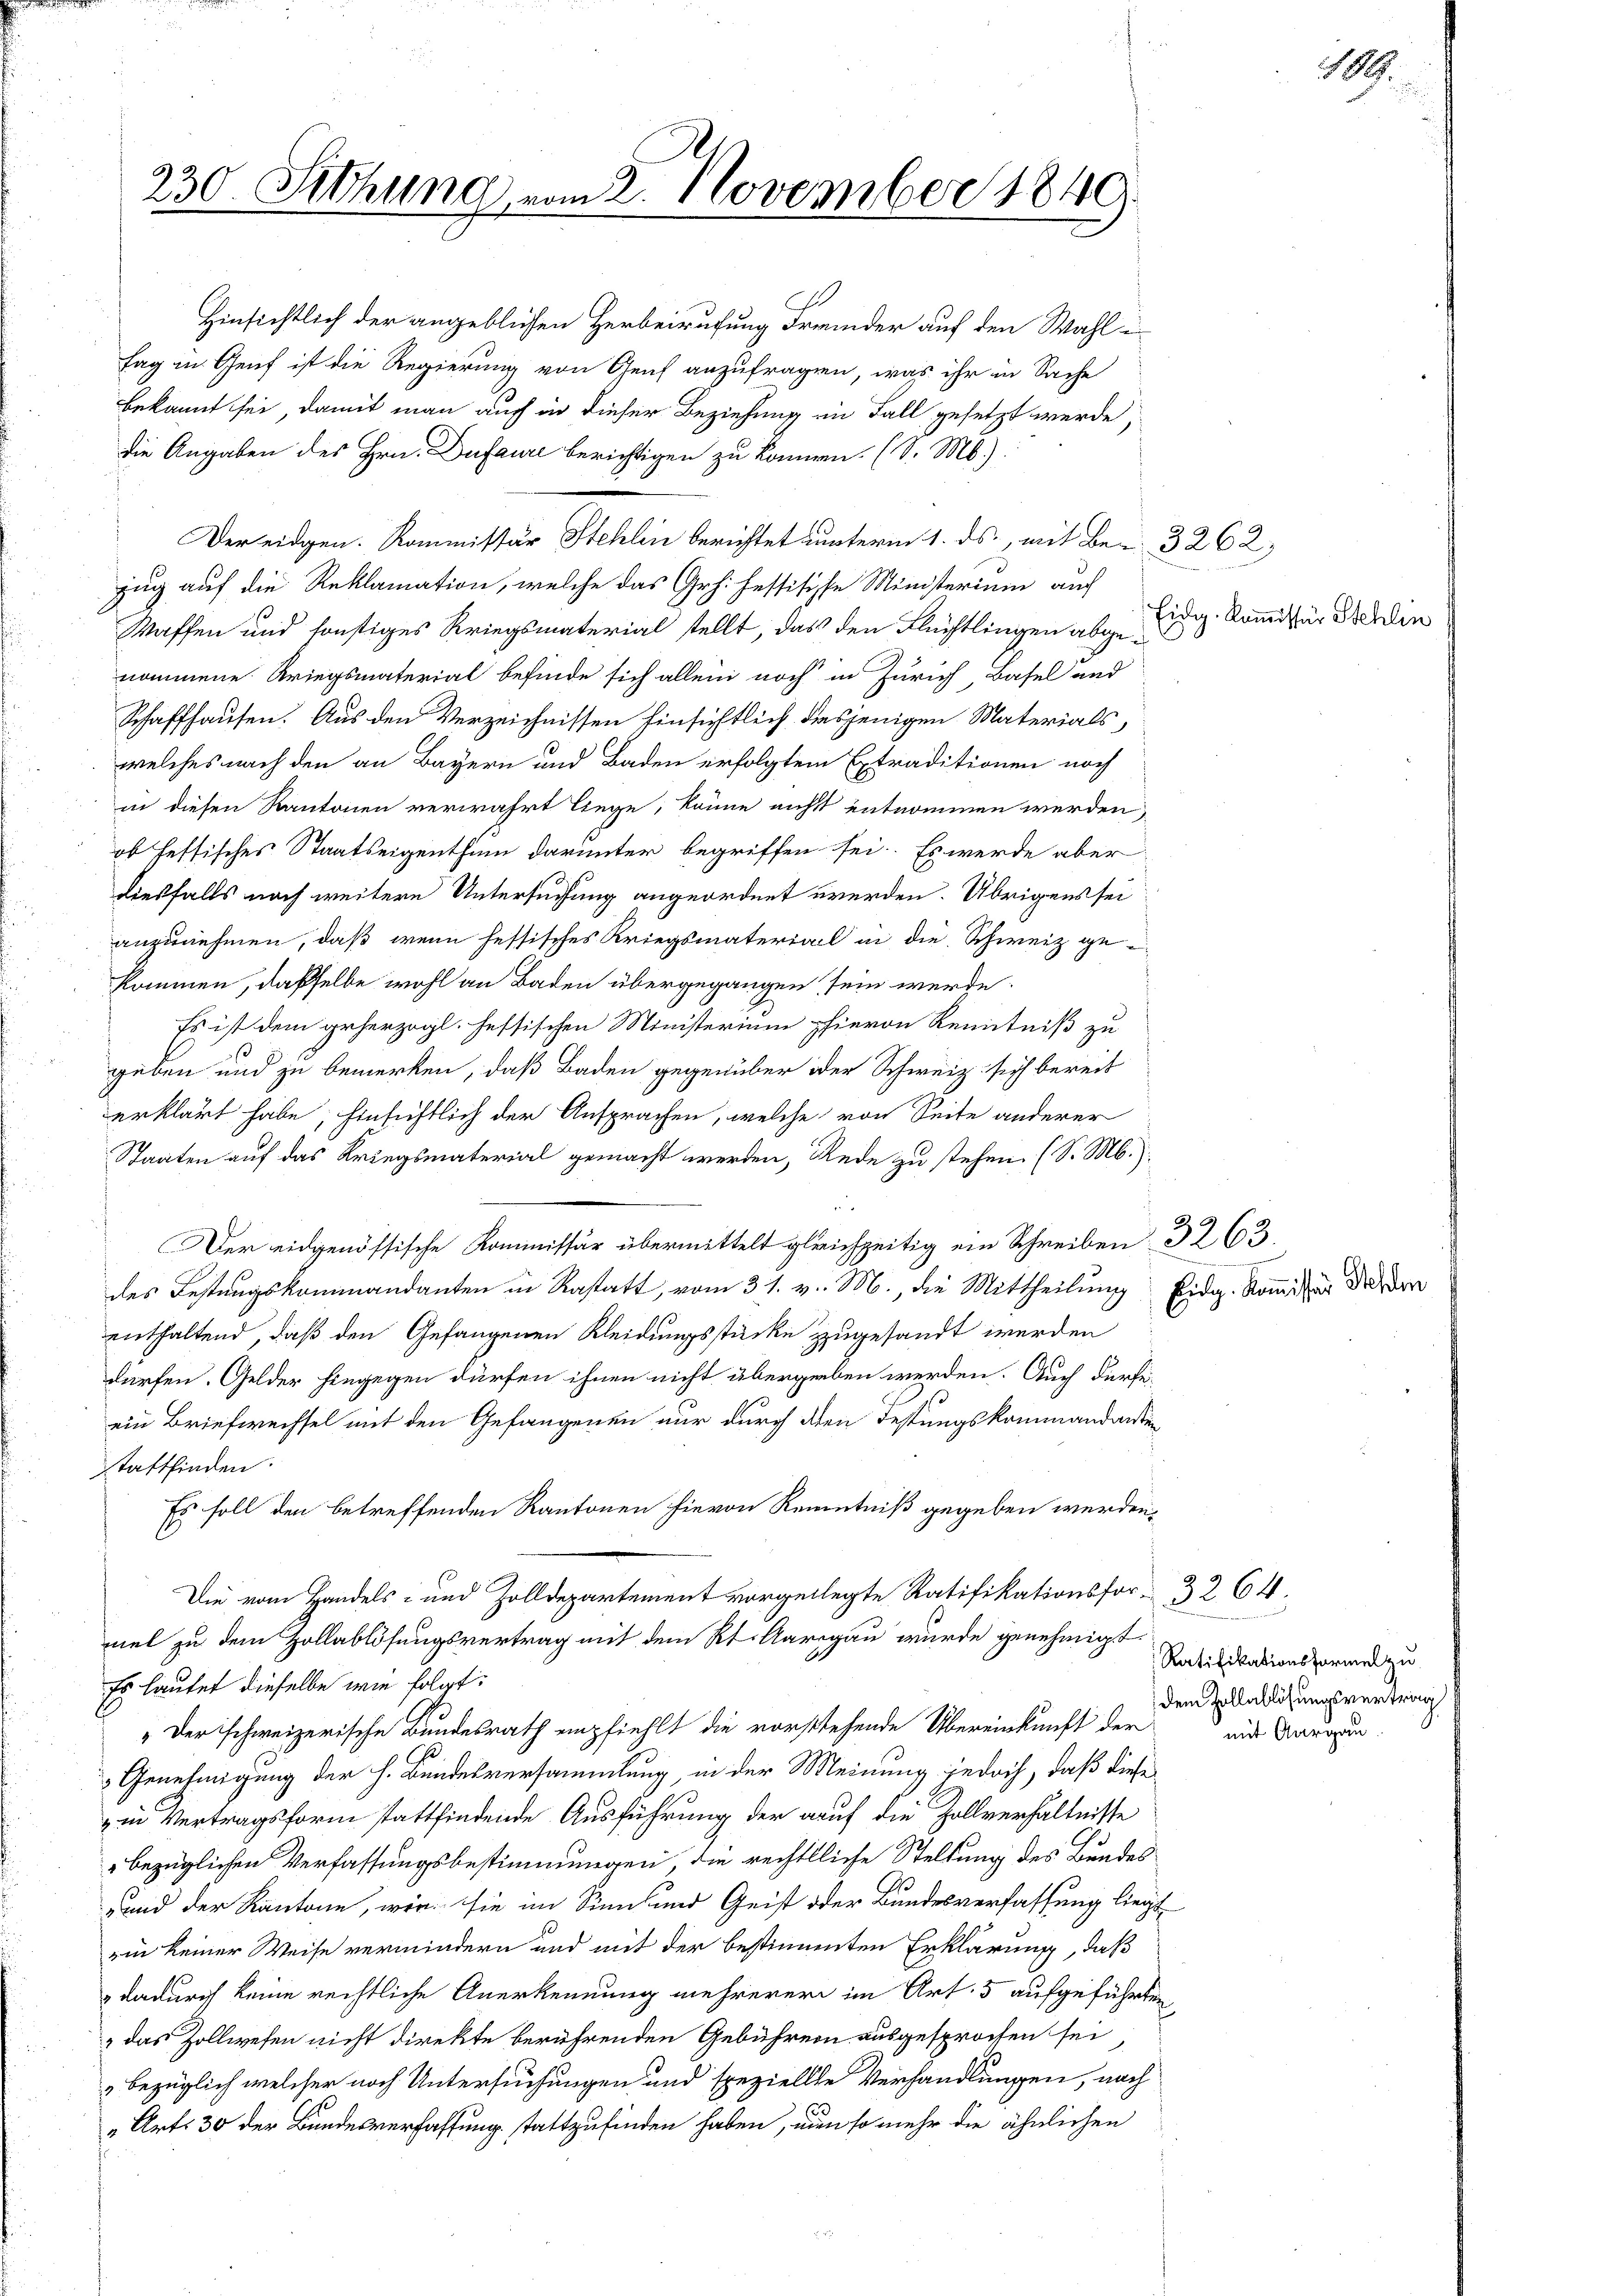
230. Sitzung vom 2. November 1840.

l
Hinsichtlich der angeblichen Herbeirufung Freider auf den Wahl i
Tag in Genf ist die Regierung von Genf anzufragen, was ihr in Sache
bekannt sei, damit man auch in dieser Beziehung in Fall gesetzt werde,
die Angaben des Hrn. Dufaure berichtigen zu können. (S. M.):
Der eidgen. Kommissar Stehlin berichtet unterm 1. ds., mit Be- 3262,
zug auf die Reklamation, welche das Grh. festische Ministerium auch
Waffen und sonstiges Kriegsmaterial stellt, das den Flüchtlingen abgenommene Kriegsmaterial befinde sich allein noch in Zürich Basel und
Schaffhausen. Aus den Verzeichnissen hinsichtlich dasjenigen Materials,
welches nach den an Bayern und Baden erfolgtem Extraditionen noch
in diesen Kantonen verwahrt liege, könne nicht entnommen werden,
ob heftisches Staatseigenthum darunter begriffen sei. Es werde aber
diesfalls noch weitere Untersuchung angeordnet werden. Übrigens sei
anzunehmen, daß wenn fessisches Kriegsmaterial in die Schweiz gekommen, dasselbe wohl an Baden übergegangen sein werde.
Es ist dem geherzogl. hessischen Ministerium hievon Kenntniß zu
geben und zu bemerken, daß Baden gegenüber oder Schweiz sich bereit
erklärt habe, hinsichtlich der Ansprachen, welche von Seite anderer
Staaten auf das Kriegsmaterial gemacht werden, Rede zu stehen. (S. M.):
2
Der eidgenössische Kommissär übermittelt gleichzeitig ein Schreiben 3263.
des Festungskommandanten in Rastatt, vom 31. v. M., die Mittheilung Eidg. Kommissor Darder
enthaltend, daß den Gefangenen Kleidungsstücke zugesandt werden
dürfen. Gelder hingegen dürfen ihnen nicht übergeben werden. Auch derseein Briefwechsel mit den Gefangenen nur durch den Festungskommandarsten
stattfinden.
Es soll den betreffenden Kantonen hievon Kenntniß gegeben werden,
Die vom Handels- und Zolldepartement vorgelegte Ratifikationsfor- 3264.
mel zu dem Zollablösungsvertrag mit dem Rt. Aargau wurde genehmigt.
Es lautet dieselbe wie folgt:
" Der schweizerische Bundesrath empfiehlt die vorstehende Übereinkunft der
Genehmigung der h. Bundesversammlung, in der Meinung jedoch, daß diese
in Vertragsform stattfindende Ausführung der auf die Zollverhältnisse
" bezüglichen Verfassungsbestimmungen die rechtliche Stellung des Bundes¬
und der Kantone, wir sie im Sinn und Geist oder Bundesverfassung liegt
in keiner Weise vermindern und mit der bestimmten Erklärung, daß
 dadurch keine rechtliche Anerkennung mehrerer im Art. 5 aufgeführten
„das Zollwesen nicht direkte berührenden Gebührern ausgesprochen sei
bezüglich welcher noch Untersuchungen und speziellte Verhandlungen, nach
„Art. 30 der Bundesverfassung stattzufinden haben, nun so mehr die ähnlichen

Eidg. Kommissär Stehlin

1

mit Aargau

Ratifikationsformel zu
dem Zollablösungsvertri